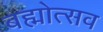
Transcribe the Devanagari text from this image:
बह्मोत्‍सव